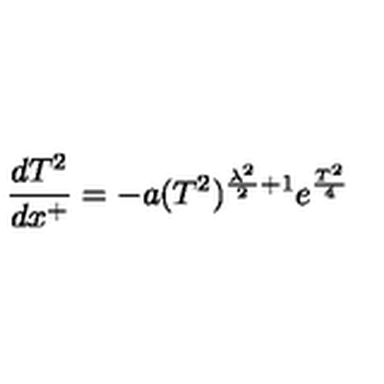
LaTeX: \frac { d T ^ { 2 } } { d x ^ { + } } = - a ( T ^ { 2 } ) ^ { \frac { \lambda ^ { 2 } } { 2 } + 1 } e ^ { \frac { T ^ { 2 } } { 4 } }